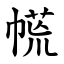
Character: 㡛